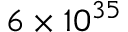
6 \times 1 0 ^ { 3 5 }